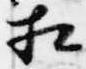
相